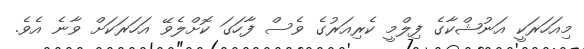
މިއަހަރަކީ އަނުޝްކާގެ ފިލްމީ ކެރިއަރުގެ ވެސް ފާހަގަ ކޮށްލެވޭ އަހަރަކަށް ވާނެ އެވެ.